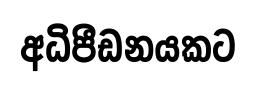
අධිපීඩනයකට